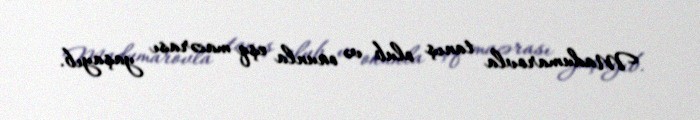
Madumarovla tanış olub və onunla eşq macərası yaşayıb.